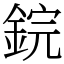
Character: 鋎